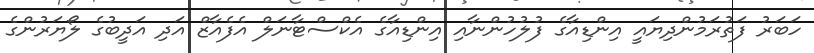
ހަބަރު ފަތުރަމުންދިޔައީ އިންޑިއާގެ ފުލުހުންނާއި އިންޑިއާގެ އެކްސްޓާނަލް އެފެއާޒް އަދި އަދީބުގެ ލޯޔަރުންގެ